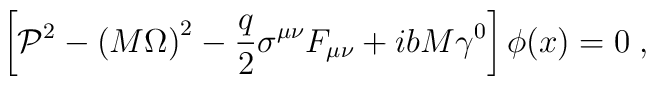
\left[ {\cal P}^2-\left( M\Omega \right) ^2-\frac q2\sigma ^{\mu \nu }F_{\mu\nu }+ibM\gamma ^0\right] \phi (x)=0\;,\;\;